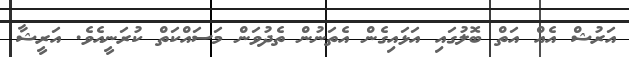
އަރުޝް އެއް އަތް ބޮލުގައި އަޅައިގެން އެތަނުން ތެދުވަން މަސައްކަތް ކުރަނީއެވެ. އަރީޝާ